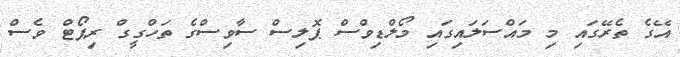
އޭގެ ތެރޭގައި މި މައްސަލައިގައި މޯލްޑިވްސް ޕޮލިސް ސާވިސްގެ ތަހްގީގް ރިޕޯޓް ވެސް